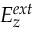
E _ { z } ^ { e x t }